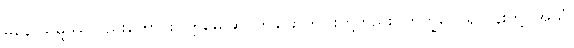
မနောသမ္ဖဿလည်းကောင်း။ ဣမေ ဆ၊ ဤခြောက်ပါးတို့တည်း။ ဘိက္ခဝေ၊ ရဟန်းတို့။ အယံ၊